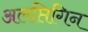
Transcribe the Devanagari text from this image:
अलप्तिगिन